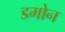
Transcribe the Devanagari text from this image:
डमोन